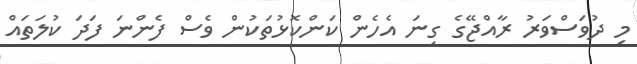
މި ދުވަސްވަރު ރާއްޖޭގެ ގިނަ އެހެން ކަންކޮޅުތަކުން ވެސް ފެންނަ ފަދަ ކުލަތައް